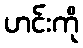
ဟင်းကို